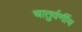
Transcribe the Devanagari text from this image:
चातुर्वर्णीय